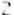
2